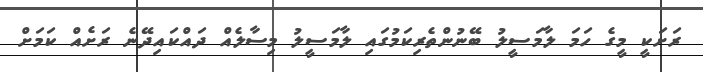
ރަށަކީ މީގެ ހަމަ ލާމަސީލު ބޭނުންތެރިކަމުގައި ލާމަސީލު މިސާލެއް ދައްކައިދޭނެ ރަށެއް ކަމަށް